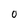
Character: O